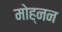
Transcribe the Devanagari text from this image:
मोह्नन